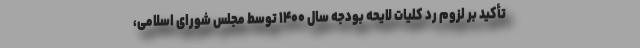
تأکید بر لزوم رد کلیات لایحه بودجه سال ۱۴۰۰ توسط مجلس شورای اسلامی،